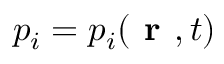
p _ { i } = p _ { i } ( \textbf { r } , t )